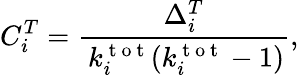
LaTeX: C_{i}^{T}=\frac{\Delta_{i}^{T}}{\, k_{i}^{\mathrm{~t~o~t~}}(k_{i}^{\mathrm{~t~o~t~}}-1)},